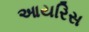
આયરિસ